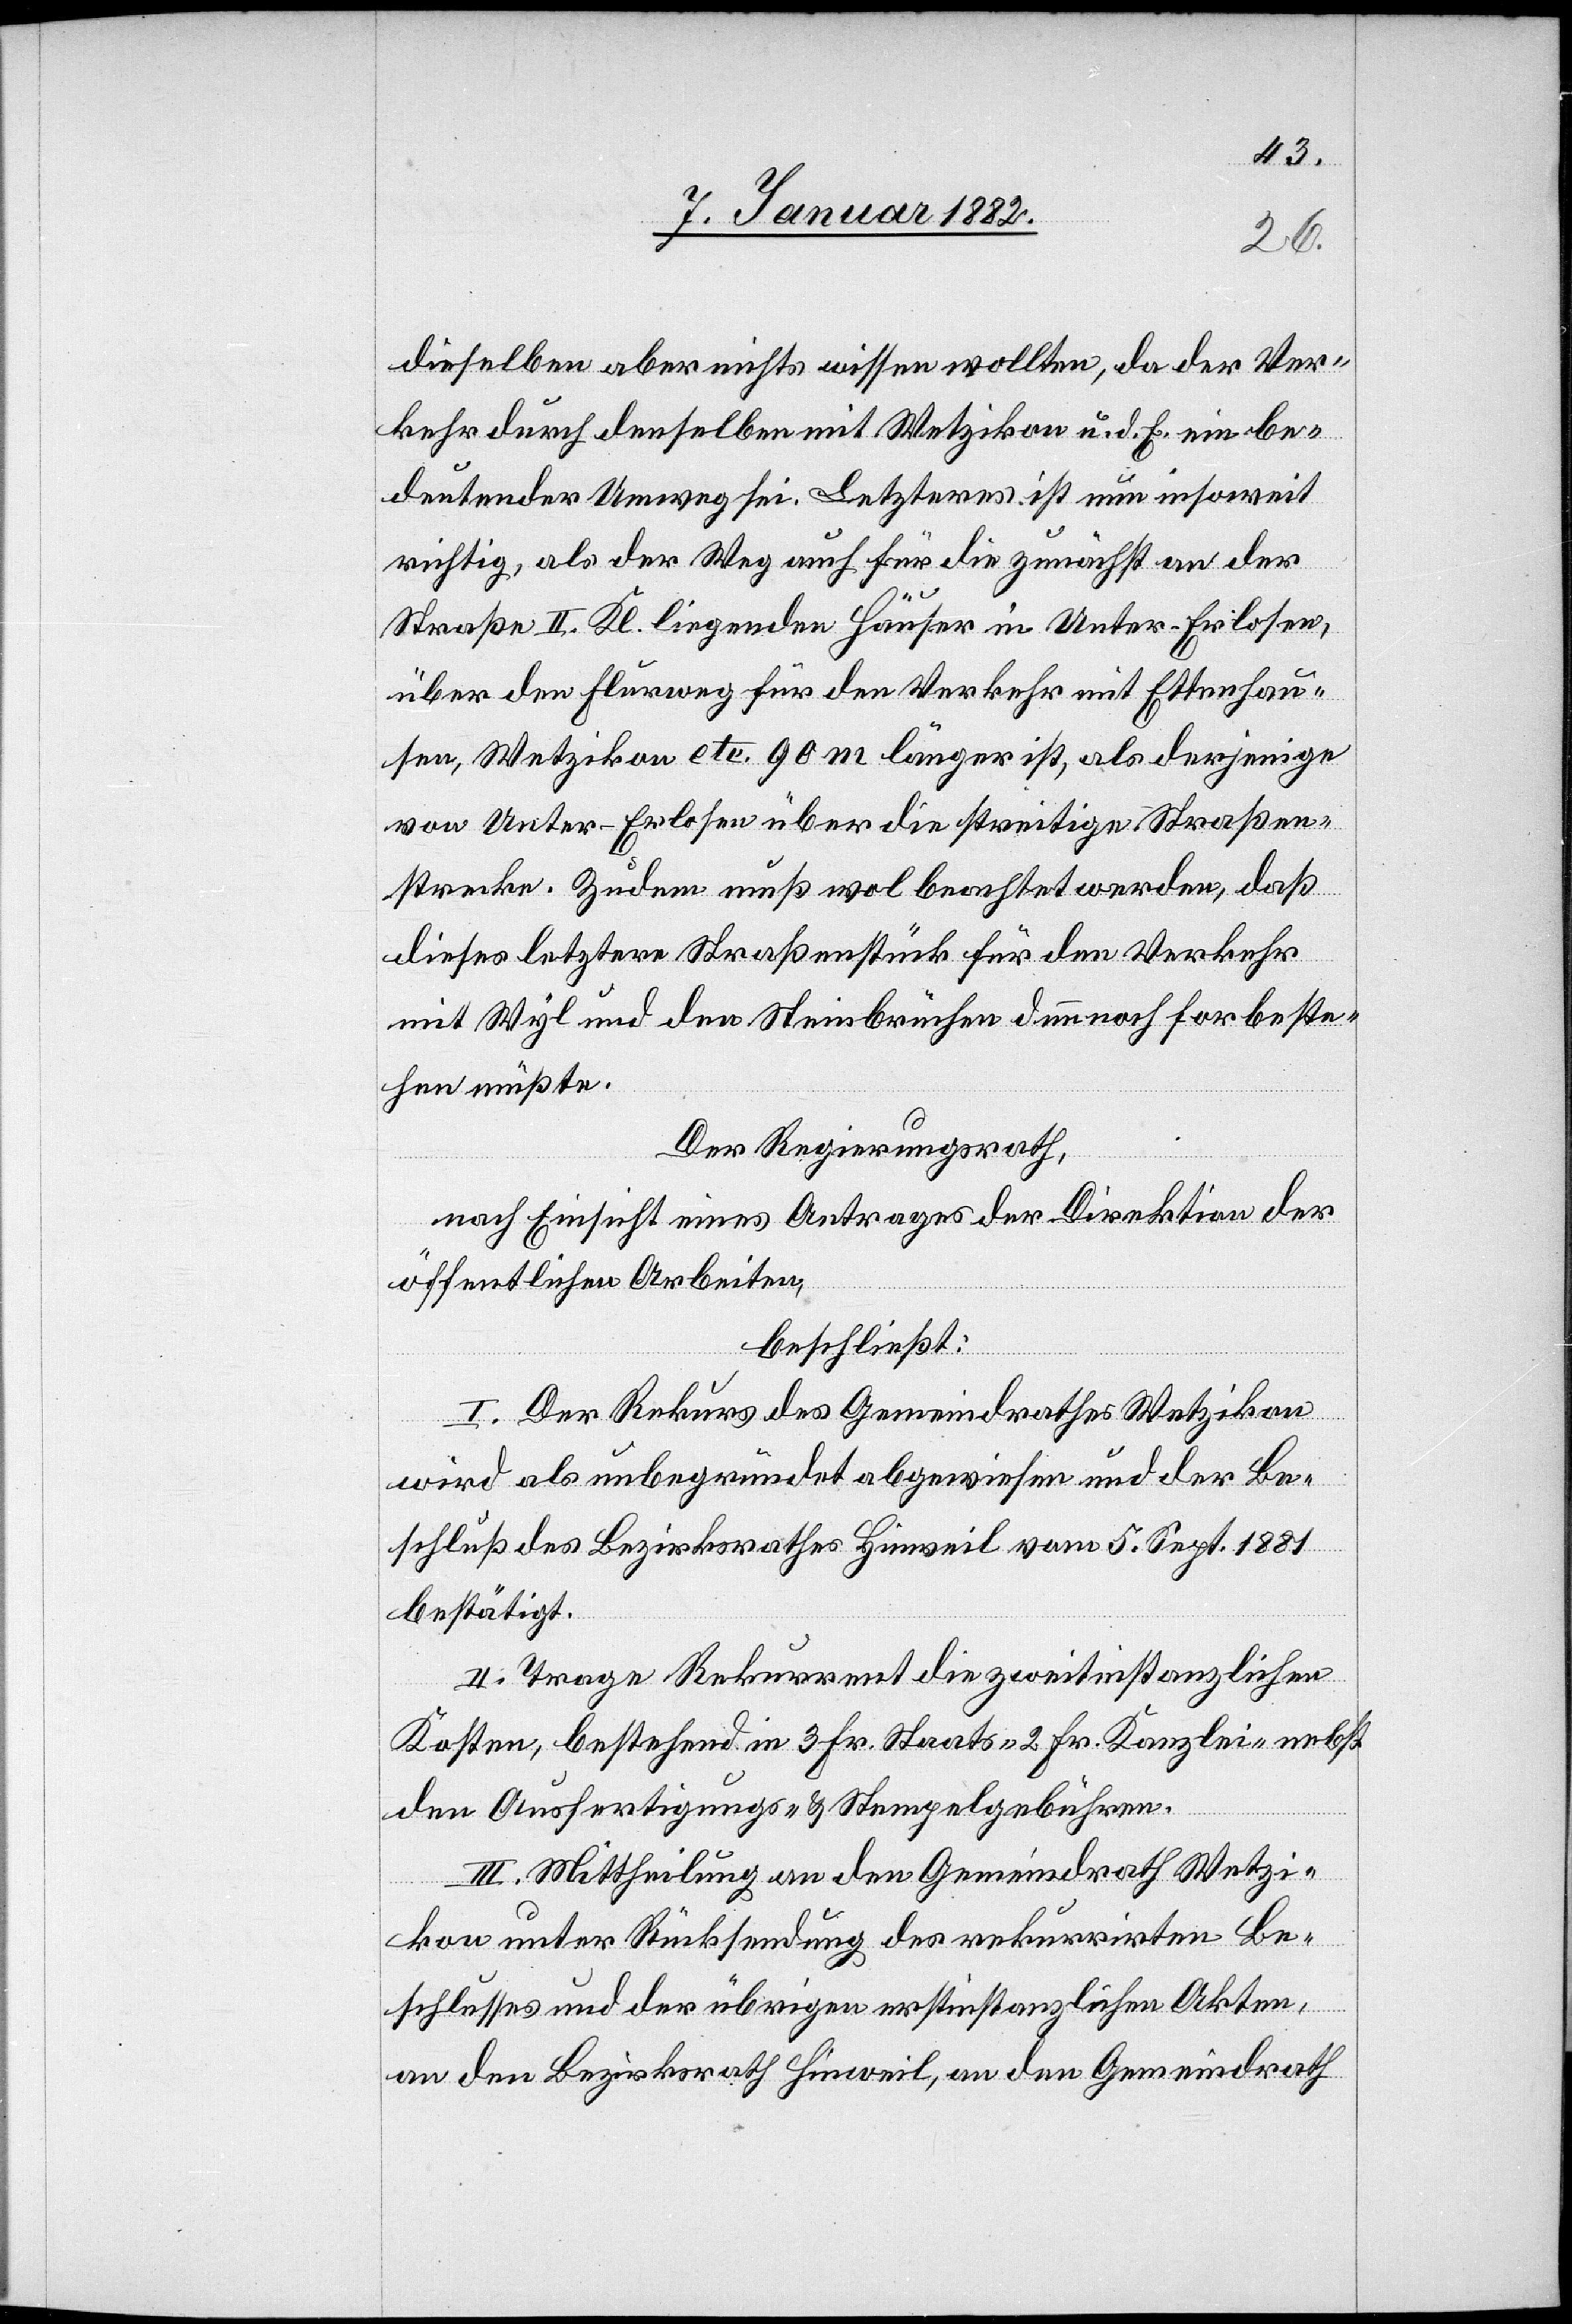
dieselben aber nichts wissen wollten, da der Ver¬
kehr durch denselben mit Wetzikon u. d. E. ein be¬
deutender Umweg sei. Letzteres ist nun insoweit
richtig, als der Weg auch für die zunächst an der
Straße II. Kl. liegenden Häuser in Unter-Erlosen,
über den Flurweg für den Verkehr mit Ettenhau¬
sen, Wetzikon etc. 90 m länger ist, als derjenige
von Unter-Erlosen über die streitige Straßen¬
strecke, Zudem muß wol beachtet werden, daß
diese letztere Straßenstück für den Verkehr
mit Wyl und den Steinbrüchen dennoch fortbeste¬
hen müßte.
Der Regierungsrath,
nach Einsicht eines Antrages der Direktion der
öffentliche Arbeiten,
beschließt:
I. Der Rekurs des Gemeindrathes Wetzikon
wird als unbegründet abgewiesen und der Be¬
schluß des Bezirksrathes Hinweil vom 5. Sept. 1881
bestätigt.
II. Trage Rekurrent die zweitinstanzlichen
Kosten, bestehend in 3 Fr. Staats-[,] 2. Fr. Kanzlei- nebst
den Ausfertigungs- & Stempelgebühren.
III. Mittheilung an den Gemeindrath Wetzi¬
kon unter Rücksendung des rekurrirten Be¬
schlusses und der übrigen erstinstanzlichen Akten,
an den Bezirksrath Hinweil, an den Gemeindrath